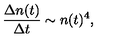
\frac { \Delta n ( t ) } { \Delta t } \sim n ( t ) ^ { 4 } ,